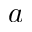
a